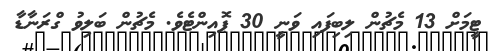
ޓީމަށް 13 މެޗުން ލިބިފައި ވަނީ 30 ޕޮއިންޓެވެ. މެޗުން ބަލިވު ގްރަނާޑާ